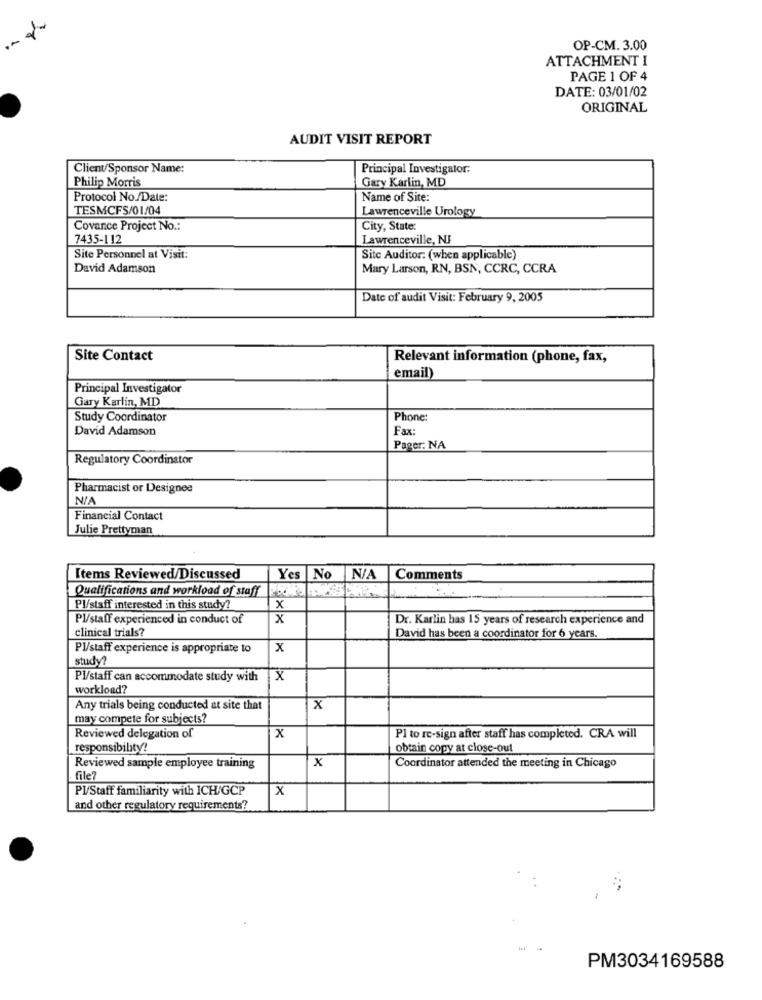
OP-CM. 3.00
ATTACHMENT I
PAGE 1 OF 4
DATE: 03/01/02
ORIGINAL
AUDIT VISIT REPORT
Client/Sponsor Name:
Principal Investigator:
Philip Morris
Gary Karlin, MD
Protocol No./Date:
Name of Site:
TESMCFS/01/04
Lawrenceville Urology
Covance Project No .:
City, State:
7435-112
Lawrenceville, NJ
Site Personnel at Visit:
Site Auditor: (when applicable)
David Adamson
Mary Larson, RN, BSN, CCRC, CCRA
Date of audit Visit: February 9, 2005
Site Contact
Relevant information (phone, fax,
email)
Principal Investigator
Gary Karlin, MD
Study Coordinator
Phone:
David Adamson
Fax
Pager: NA
Regulatory Coordinator
Pharmacist or Designee
Financial Contact
Julie Prettyman
Items Reviewed/Discussed
Yes No
Comments
Qualifications and workload of staff
Pl/staff interested in this study?
x
PI/staff experienced in conduct of
x
Dr. Karlin has 15 years of research experience and
clinical trials?
David has been a coordinator for 6 years.
Pl/staff experience is appropriate to
x
study?
Pl/staff can accommodate study with
X
workload?
Any trials being conducted at site that
x
may compete for subjects?
Reviewed delegation of
x
Pl to re-sign after staff has completed. CRA will
responsibility!
obtain copy at close-out
x
Reviewed sample employee training
Coordinator attended the meeting in Chicago
file?
PI/Staff familiarity with ICH/GCP
X
and other regulatory requirements?
PM3034169588